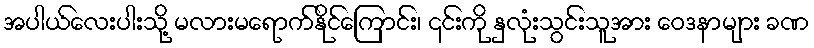
အပါယ်လေးပါးသို့ မလားမရောက်နိုင်ကြောင်း၊ ၎င်းကို နှလုံးသွင်းသူအား ဝေဒနာများ ခဏ